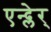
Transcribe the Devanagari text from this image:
एन्द्लेर्